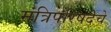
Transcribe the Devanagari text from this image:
मंत्रिपरिषदेचे